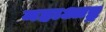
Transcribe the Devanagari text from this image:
महाआष्ट्र